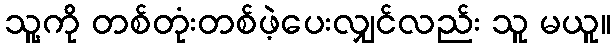
သူ့ကို တစ်တုံးတစ်ဖဲ့ပေးလျှင်လည်း သူ မယူ။